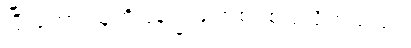
ပြီးတော့ သူ့ကိုပြန်၍ မျက်စပစ်ပြလိုက်သည်။